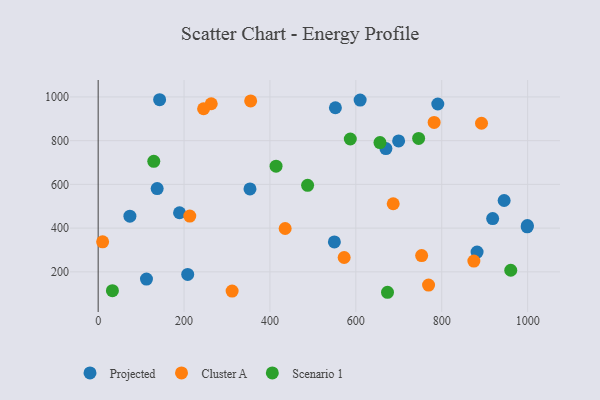
{"axis": {"x": "Study Hours", "y": "Rating"}, "legend": ["Cluster A", "Projected", "Scenario 1"], "data": [{"x": "112.5", "y": 166.9, "type": "Projected"}, {"x": "945.3", "y": 526.4, "type": "Projected"}, {"x": "918.6", "y": 443.8, "type": "Projected"}, {"x": "999.4", "y": 411.8, "type": "Projected"}, {"x": "189.5", "y": 470.3, "type": "Projected"}, {"x": "143.1", "y": 987.2, "type": "Projected"}, {"x": "670.0", "y": 763.9, "type": "Projected"}, {"x": "552.4", "y": 950.5, "type": "Projected"}, {"x": "137.4", "y": 581.0, "type": "Projected"}, {"x": "999.0", "y": 406.0, "type": "Projected"}, {"x": "882.3", "y": 290.5, "type": "Projected"}, {"x": "208.5", "y": 188.1, "type": "Projected"}, {"x": "73.9", "y": 454.8, "type": "Projected"}, {"x": "353.5", "y": 579.3, "type": "Projected"}, {"x": "699.6", "y": 798.8, "type": "Projected"}, {"x": "550.0", "y": 336.8, "type": "Projected"}, {"x": "790.8", "y": 967.6, "type": "Projected"}, {"x": "610.0", "y": 985.7, "type": "Projected"}, {"x": "10.4", "y": 337.4, "type": "Cluster A"}, {"x": "263.3", "y": 968.7, "type": "Cluster A"}, {"x": "782.3", "y": 883.5, "type": "Cluster A"}, {"x": "572.8", "y": 265.6, "type": "Cluster A"}, {"x": "874.8", "y": 249.3, "type": "Cluster A"}, {"x": "769.3", "y": 139.4, "type": "Cluster A"}, {"x": "753.2", "y": 274.4, "type": "Cluster A"}, {"x": "213.3", "y": 455.1, "type": "Cluster A"}, {"x": "311.9", "y": 112.2, "type": "Cluster A"}, {"x": "687.0", "y": 511.4, "type": "Cluster A"}, {"x": "435.4", "y": 398.3, "type": "Cluster A"}, {"x": "355.1", "y": 981.9, "type": "Cluster A"}, {"x": "245.5", "y": 946.0, "type": "Cluster A"}, {"x": "892.6", "y": 879.7, "type": "Cluster A"}, {"x": "587.1", "y": 807.6, "type": "Scenario 1"}, {"x": "129.5", "y": 705.6, "type": "Scenario 1"}, {"x": "960.7", "y": 207.3, "type": "Scenario 1"}, {"x": "487.7", "y": 595.6, "type": "Scenario 1"}, {"x": "746.2", "y": 810.1, "type": "Scenario 1"}, {"x": "414.2", "y": 683.2, "type": "Scenario 1"}, {"x": "656.2", "y": 791.1, "type": "Scenario 1"}, {"x": "673.7", "y": 106.6, "type": "Scenario 1"}, {"x": "33.2", "y": 114.1, "type": "Scenario 1"}]}